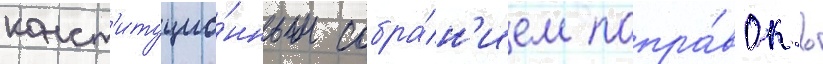
конст'итуцио́нным собра́н'ием попра́вок в